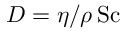
D = \eta / \rho \, \mathrm { S c }